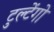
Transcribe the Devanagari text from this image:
टुल्टेंगो